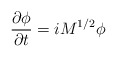
\begin{align*}\frac{\partial \phi}{\partial t}=i M^{1/2} \phi\end{align*}